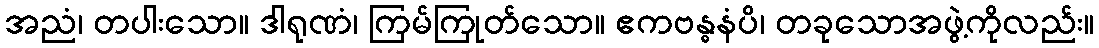
အညံ၊ တပါးသော။ ဒါရုဏံ၊ ကြမ်ကြုတ်သော။ ဧကဗန္ဓနံပိ၊ တခုသောအဖွဲ့ကိုလည်း။